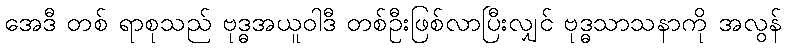
အေဒီ တစ် ရာစုသည် ဗုဒ္ဓအယူဝါဒီ တစ်ဦးဖြစ်လာပြီးလျှင် ဗုဒ္ဓသာသနာကို အလွန်